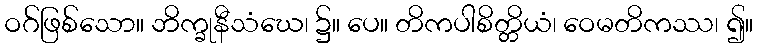
ဝဂ်ဖြစ်သော။ ဘိက္ခုနီသံဃေ၊ ၌။ ပေ။ တိကပါစိတ္တိယံ၊ ဝေမတိကဿ၊ ၍။